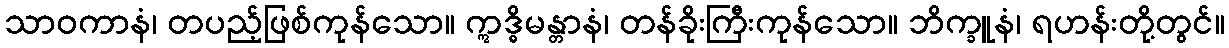
သာဝကာနံ၊ တပည့်ဖြစ်ကုန်သော။ ဣဒ္ဓိမန္တာနံ၊ တန်ခိုးကြီးကုန်သော။ ဘိက္ခူနံ၊ ရဟန်းတို့တွင်။